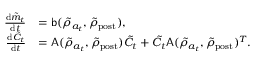
\begin{array} { r l } { \frac { \mathrm { d } \tilde { m } _ { t } } { \mathrm { d } t } } & { = \mathsf { b } ( \tilde { \rho } _ { a _ { t } } , \tilde { \rho } _ { \mathrm { p o s t } } ) , } \\ { \frac { \mathrm { d } \tilde { C } _ { t } } { \mathrm { d } t } } & { = \mathsf { A } ( \tilde { \rho } _ { a _ { t } } , \tilde { \rho } _ { \mathrm { p o s t } } ) \tilde { C } _ { t } + \tilde { C } _ { t } \mathsf { A } ( \tilde { \rho } _ { a _ { t } } , \tilde { \rho } _ { \mathrm { p o s t } } ) ^ { T } . } \end{array}